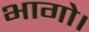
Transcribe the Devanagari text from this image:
भागो।